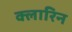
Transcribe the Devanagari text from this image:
क्लारिन